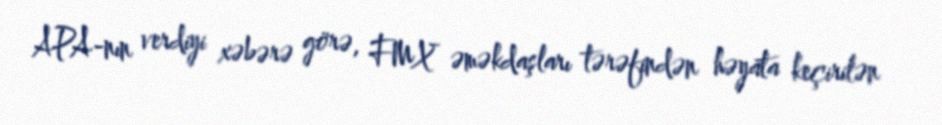
APA-nın verdiyi xəbərə görə, FMX əməkdaşları tərəfindən həyata keçirilən